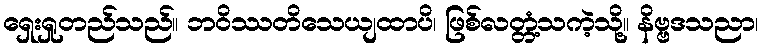
ရှေးရှုတည်သည်။ ဘဝိဿတိသေယျထာပိ၊ ဖြစ်လတ္တံ့သကဲ့သို့။ နိဗ္ဗဒသညာ၊